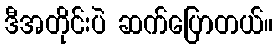
ဒီအတိုင်းပဲ ဆက်ပြောတယ်။